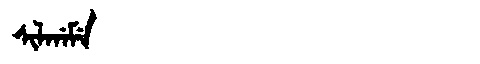
Manchu: ᠰᡳᠯᡤᠠᠮᡝ
Romanization: SILGAME